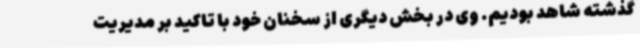
گذشته شاهد بودیم. وی در بخش دیگری از سخنان خود با تاکید بر مدیریت